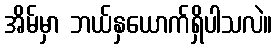
အိမ်မှာ ဘယ်နှယောက်ရှိပါသလဲ။